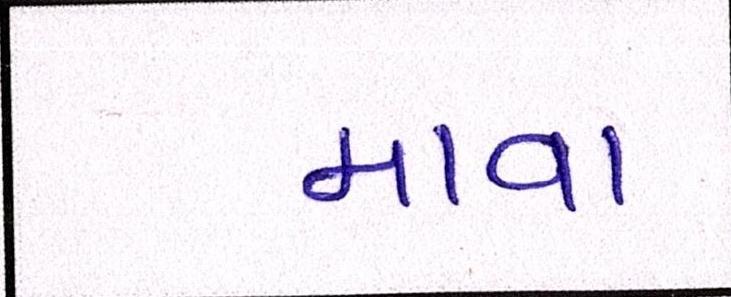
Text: માવા